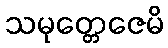
သမုတ္တေဇေမိ